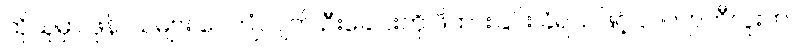
ထိုသူမှာ ဖုန်၊ သဲများ ပေကျံလျက် ဦးခေါင်းကို ဖိထားခြင်း ခံရသဖြင့် လက်ျာဘီလူးက